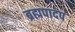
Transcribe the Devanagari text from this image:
ब्रह्मपादप